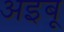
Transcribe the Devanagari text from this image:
अइबू